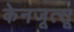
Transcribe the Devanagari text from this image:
केनजूत्सू